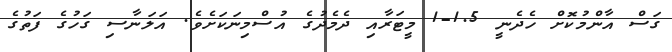
ގަސް އާންމުކޮށް ހެދެނީ 1.5-1 މީޓަރާއި ދެމެދުގެ އުސްމިނަކަށެވެ. އަލަނާސި ގަހުގެ ފަތުގެ